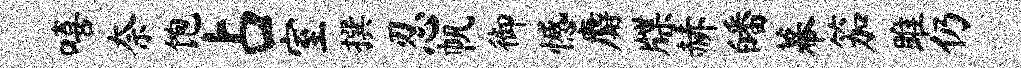
嘻奈饱占室撰忍帆御憾麝牒赫皤幕笳雎仍